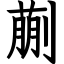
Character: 蒯